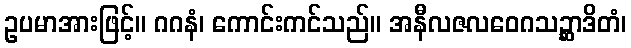
ဥပမာအားဖြင့်။ ဂဂနံ၊ ကောင်းကင်သည်။ အနီလဇလဝေဂသဉ္ဆာဒိတံ၊